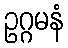
ဥဂ္ဂမနံ